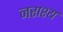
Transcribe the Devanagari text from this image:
नराश्य